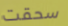
سحقت